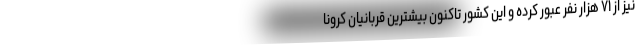
نیز از ۷۱ هزار نفر عبور کرده و این کشور تاکنون بیشترین قربانیان کرونا